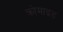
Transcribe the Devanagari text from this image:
क्रोमाइड